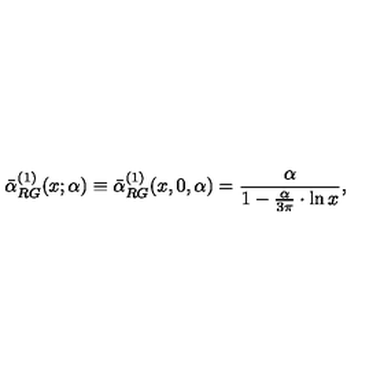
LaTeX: \bar { \alpha } _ { R G } ^ { ( 1 ) } ( x ; \alpha ) \equiv \bar { \alpha } _ { R G } ^ { ( 1 ) } ( x , 0 , \alpha ) = \frac { \alpha } { 1 - \frac { \alpha } { 3 \pi } \cdot \ln x } ,